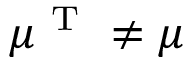
\boldsymbol { \mu } ^ { \mathrm { ~ T ~ } } \ne \boldsymbol { \mu }